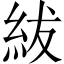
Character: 紱